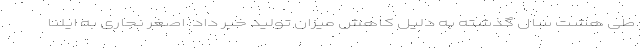
طی هشت سال گذشته به دلیل کاهش میزان تولید خبر داد. اصغر نجاری به ایلنا